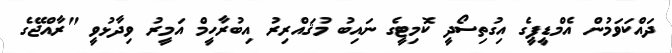
ދައްކަވަމުން އެމްޑީޕީގެ އިގުތިސޯދީ ކޮމިޓީގެ ނައިބު މުޤައްރިރު އިބުރާހީމް އަމީރު ވިދާޅުވީ "ރާއްޖޭގެ